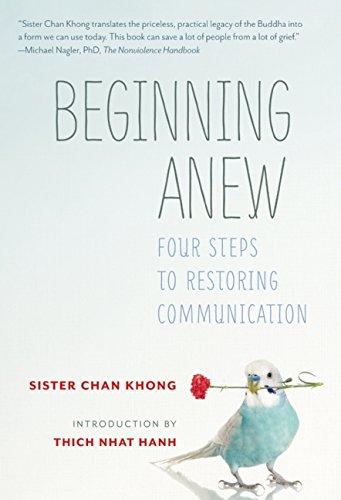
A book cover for Beginning Anew: Four Steps to Restoring Communication; Sister ChÃ¢n KhÃ´ng; Self-Help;